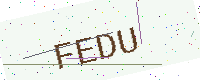
Text: FEDU